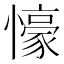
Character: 𭟖